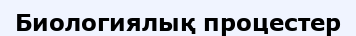
Биологиялық процестер